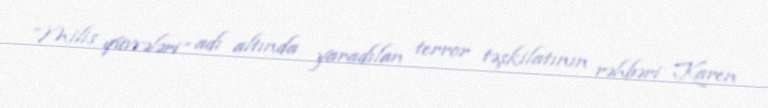
“Milis qüvvələri” adı altında yaradılan terror təşkilatının rəhbəri Karen